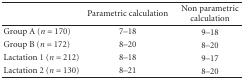
|  | Parametric calculation | Non parametric calculation |
 | --- | --- | --- |
 | Group A (n = 170) | 7–18 | 9–18 |
 | Group B (n = 172) | 8–20 | 8–20 |
 | Lactation 1 (n = 212) | 8–18 | 9–17 |
 | Lactation 2 (n = 130) | 8–21 | 8–20 |